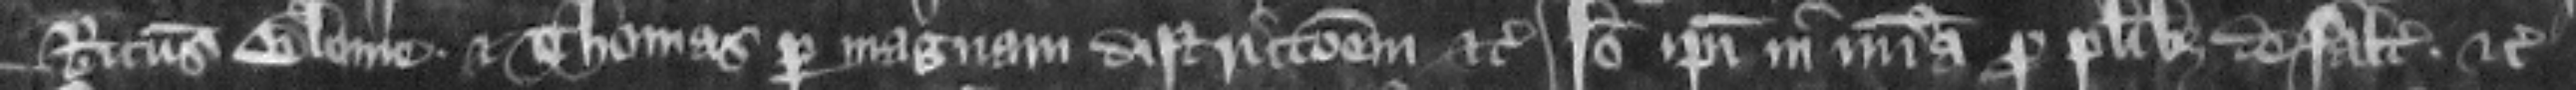
Ricardus Blome et Thomas per magnam districcionem etc. Ideo ipsi in misericordia pro pluribus defaltis etc.